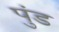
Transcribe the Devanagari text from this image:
पुंड